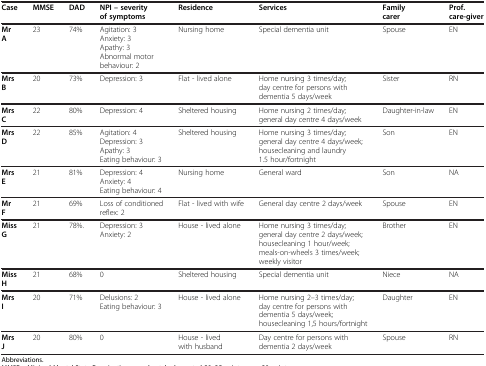
<table><thead><tr><td><b>Case</b></td><td><b>MMSE</b></td><td><b>DAD</b></td><td><b>NPI – severity of symptoms</b></td><td><b>Residence</b></td><td><b>Services</b></td><td><b>Family carer</b></td><td><b>Prof. care-giver</b></td></tr></thead><tbody><tr><td><b>Mr</b></td><td rowspan="4">23</td><td rowspan="4">74%</td><td>Agitation: 3</td><td rowspan="4">Nursing home</td><td rowspan="4">Special dementia unit</td><td rowspan="4">Spouse</td><td rowspan="4">EN</td></tr><tr><td rowspan="3"><b>A</b></td><td>Anxiety: 3</td></tr><tr><td>Apathy: 3</td></tr><tr><td>Abnormal motor behaviour: 2</td></tr><tr><td><b>Mrs</b></td><td rowspan="2">20</td><td rowspan="2">73%</td><td rowspan="2">Depression: 3</td><td rowspan="2">Flat - lived alone</td><td rowspan="2">Home nursing 3 times/day; day centre for persons with dementia 5 days/week</td><td rowspan="2">Sister</td><td rowspan="2">RN</td></tr><tr><td><b>B</b></td></tr><tr><td><b>Mrs</b></td><td rowspan="2">22</td><td rowspan="2">80%</td><td rowspan="2">Depression: 4</td><td rowspan="2">Sheltered housing</td><td rowspan="2">Home nursing 2 times/day; general day centre 4 days/week</td><td rowspan="2">Daughter-in-law</td><td rowspan="2">EN</td></tr><tr><td><b>C</b></td></tr><tr><td><b>Mrs</b></td><td rowspan="4">22</td><td rowspan="4">85%</td><td>Agitation: 4</td><td rowspan="4">Sheltered housing</td><td rowspan="4">Home nursing 3 times/day; general day centre 4 days/week; housecleaning and laundry 1.5 hour/fortnight</td><td rowspan="4">Son</td><td rowspan="4">EN</td></tr><tr><td rowspan="3"><b>D</b></td><td>Depression: 3</td></tr><tr><td>Apathy: 3</td></tr><tr><td>Eating behaviour: 3</td></tr><tr><td><b>Mrs</b></td><td rowspan="3">21</td><td rowspan="3">81%</td><td>Depression: 4</td><td rowspan="3">Nursing home</td><td rowspan="3">General ward</td><td rowspan="3">Son</td><td rowspan="3">NA</td></tr><tr><td rowspan="2"><b>E</b></td><td>Anxiety: 4</td></tr><tr><td>Eating behaviour: 4</td></tr><tr><td><b>Mr</b></td><td rowspan="2">21</td><td rowspan="2">69%</td><td rowspan="2">Loss of conditioned reflex: 2</td><td rowspan="2">Flat - lived with wife</td><td rowspan="2">General day centre 2 days/week</td><td rowspan="2">Spouse</td><td rowspan="2">EN</td></tr><tr><td><b>F</b></td></tr><tr><td><b>Miss</b></td><td rowspan="2">21</td><td rowspan="2">78%.</td><td>Depression: 3</td><td rowspan="2">House - lived alone</td><td rowspan="2">Home nursing 3 times/day; general day centre 2 days/week; housecleaning 1 hour/week; meals-on-wheels 3 times/week; weekly visitor</td><td rowspan="2">Brother</td><td rowspan="2">EN</td></tr><tr><td><b>G</b></td><td>Anxiety: 2</td></tr><tr><td><b>Miss</b></td><td rowspan="2">21</td><td rowspan="2">68%</td><td rowspan="2">0</td><td rowspan="2">Sheltered housing</td><td rowspan="2">Special dementia unit</td><td rowspan="2">Niece</td><td rowspan="2">NA</td></tr><tr><td><b>H</b></td></tr><tr><td><b>Mrs</b></td><td rowspan="2">20</td><td rowspan="2">71%</td><td>Delusions: 2</td><td rowspan="2">House - lived alone</td><td rowspan="2">Home nursing 2–3 times/day; day centre for persons with dementia 5 days/week; housecleaning 1,5 hours/fortnight</td><td rowspan="2">Daughter</td><td rowspan="2">EN</td></tr><tr><td><b>I</b></td><td>Eating behaviour: 3</td></tr><tr><td><b>Mrs</b></td><td rowspan="2">20</td><td rowspan="2">80%</td><td rowspan="2">0</td><td rowspan="2">House - lived with husband</td><td rowspan="2">Day centre for persons with dementia 2 days/week</td><td rowspan="2">Spouse</td><td rowspan="2">RN</td></tr><tr><td><b>J</b></td></tr></tbody></table>